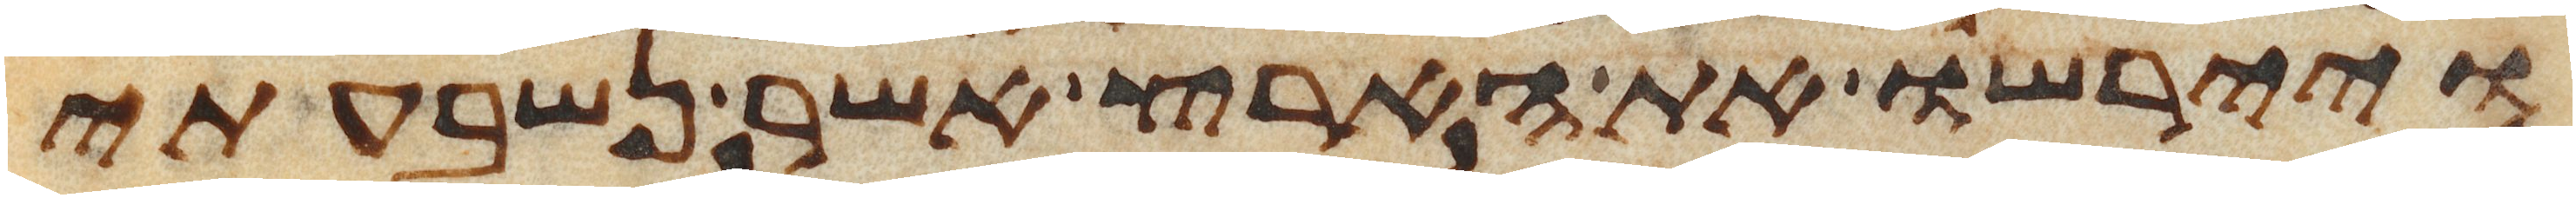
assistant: ויירשו את הארץ אשר נשבעתי